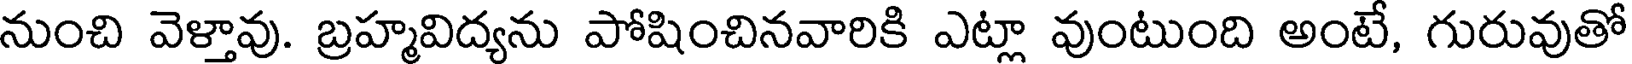
నుంచి వెళ్తావు. బ్రహ్మవిద్యను పోషించినవారికి ఎట్లా వుంటుంది అంటే, గురువుతో